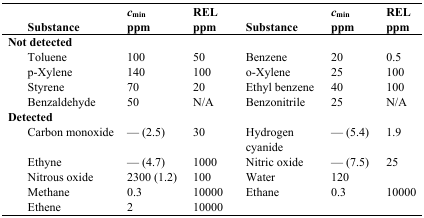
<table><thead><tr><td><b>Substance</b></td><td><b><i>c</i><sub>min</sub>ppm</b></td><td><b>REL ppm</b></td><td><b>Substance</b></td><td><b><i>c</i><sub>min</sub>ppm</b></td><td><b>REL ppm</b></td></tr></thead><tbody><tr><td><b>Not detected</b></td><td></td><td></td><td></td><td></td><td></td></tr><tr><td>Toluene</td><td>100</td><td>50</td><td>Benzene</td><td>20</td><td>0.5</td></tr><tr><td>p-Xylene</td><td>140</td><td>100</td><td>o-Xylene</td><td>25</td><td>100</td></tr><tr><td>Styrene</td><td>70</td><td>20</td><td>Ethyl benzene</td><td>40</td><td>100</td></tr><tr><td>Benzaldehyde</td><td>50</td><td>N/A</td><td>Benzonitrile</td><td>25</td><td>N/A</td></tr><tr><td><b>Detected</b></td><td></td><td></td><td></td><td></td><td></td></tr><tr><td>Carbon monoxide</td><td>— (2.5)</td><td>30</td><td>Hydrogen cyanide</td><td>— (5.4)</td><td>1.9</td></tr><tr><td>Ethyne</td><td>— (4.7)</td><td>1000</td><td>Nitric oxide</td><td>— (7.5)</td><td>25</td></tr><tr><td>Nitrous oxide</td><td>2300 (1.2)</td><td>100</td><td>Water</td><td>120</td><td></td></tr><tr><td>Methane</td><td>0.3</td><td>10000</td><td>Ethane</td><td>0.3</td><td>10000</td></tr><tr><td>Ethene</td><td>2</td><td>10000</td><td></td><td></td><td></td></tr></tbody></table>